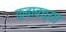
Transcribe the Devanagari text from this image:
कबाबच्या